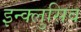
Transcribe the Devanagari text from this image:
इन्क्लुसिव